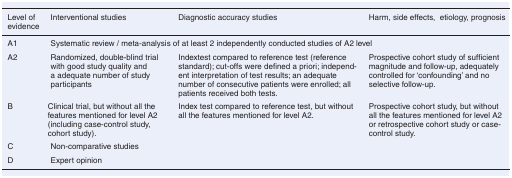
<table><thead><tr><td><b>Level of evidence</b></td><td><b>Interventional studies</b></td><td><b>Diagnostic accuracy studies</b></td><td><b>Harm, side effects, etiology, prognosis</b></td></tr></thead><tbody><tr><td>A1</td><td colspan="3">Systematic review / meta-analysis of at least 2 independently conducted studies of A2 level</td></tr><tr><td>A2</td><td>Randomized, double-blind trial with good study quality and a adequate number of study participants</td><td>Indextest compared to reference test (reference standard); cut-offs were defined a priori; independent interpretation of test results; an adequate number of consecutive patients were enrolled; all patients received both tests.</td><td>Prospective cohort study of sufficient magnitude and follow-up, adequately controlled for ‘confounding’ and no selective follow-up.</td></tr><tr><td>B</td><td>Clinical trial, but without all the features mentioned for level A2 (including case-control study, cohort study).</td><td>Index test compared to reference test, but without all the features mentioned for level A2.</td><td>Prospective cohort study, but without all the features mentioned for level A2 or retrospective cohort study or case-control study.</td></tr><tr><td>C</td><td colspan="3">Non-comparative studies</td></tr><tr><td>D</td><td colspan="3">Expert opinion</td></tr></tbody></table>